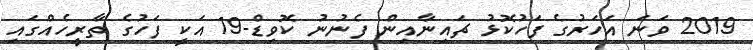
2019 ވަނަ އަހަރުގެ ފަހުކޮޅު ޗައިނާއިން ފެނުނު ކޮވިޑް-19 އަކީ ފަހުގެ ތާރީހެއްގައި